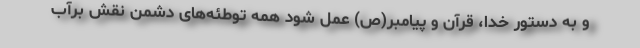
و به دستور خدا، قرآن و پیامبر(ص) عمل شود همه توطئه‌های دشمن نقش برآب